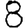
Digit: 8